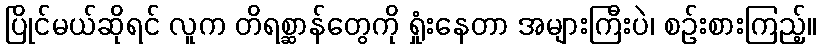
ပြိုင်မယ်ဆိုရင် လူက တိရစ္ဆာန်တွေကို ရှုံးနေတာ အများကြီးပဲ၊ စဉ်းစားကြည့်။